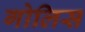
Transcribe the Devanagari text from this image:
गोलिस